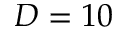
D = 1 0